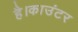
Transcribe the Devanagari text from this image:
है।काउंटर